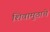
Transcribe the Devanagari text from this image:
शिवामुठाचे